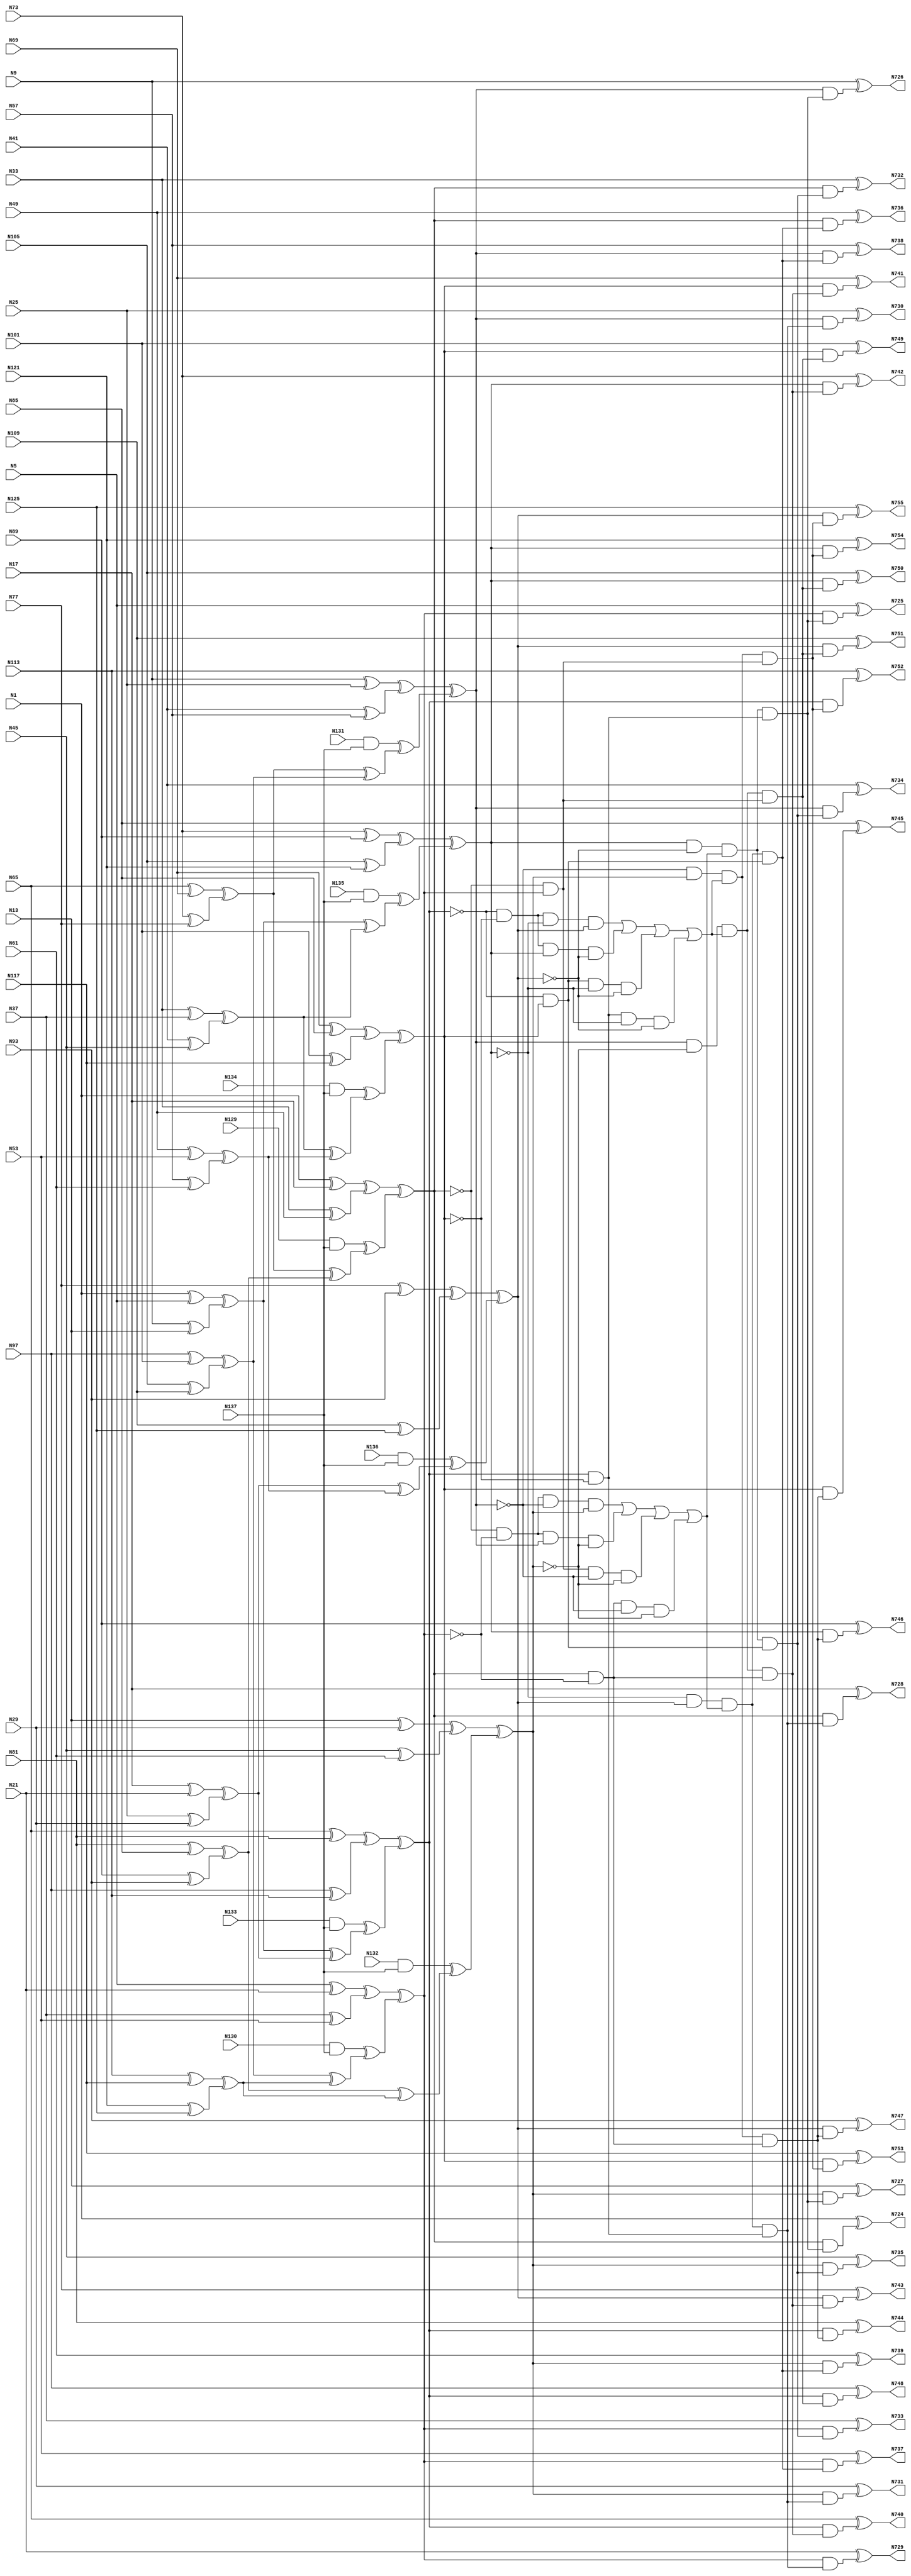

// Generated by Cadence Genus(TM) Synthesis Solution 16.22-s033_1
// Generated on: Jan 17 2020 11:31:14 EST (Jan 17 2020 16:31:14 UTC)

// Verification Directory fv/c499 

module c499(N1, N5, N9, N13, N17, N21, N25, N29, N33, N37, N41, N45,
     N49, N53, N57, N61, N65, N69, N73, N77, N81, N85, N89, N93, N97,
     N101, N105, N109, N113, N117, N121, N125, N129, N130, N131, N132,
     N133, N134, N135, N136, N137, N724, N725, N726, N727, N728, N729,
     N730, N731, N732, N733, N734, N735, N736, N737, N738, N739, N740,
     N741, N742, N743, N744, N745, N746, N747, N748, N749, N750, N751,
     N752, N753, N754, N755);
  input N1, N5, N9, N13, N17, N21, N25, N29, N33, N37, N41, N45, N49,
       N53, N57, N61, N65, N69, N73, N77, N81, N85, N89, N93, N97,
       N101, N105, N109, N113, N117, N121, N125, N129, N130, N131,
       N132, N133, N134, N135, N136, N137;
  output N724, N725, N726, N727, N728, N729, N730, N731, N732, N733,
       N734, N735, N736, N737, N738, N739, N740, N741, N742, N743,
       N744, N745, N746, N747, N748, N749, N750, N751, N752, N753,
       N754, N755;
  wire N1, N5, N9, N13, N17, N21, N25, N29, N33, N37, N41, N45, N49,
       N53, N57, N61, N65, N69, N73, N77, N81, N85, N89, N93, N97,
       N101, N105, N109, N113, N117, N121, N125, N129, N130, N131,
       N132, N133, N134, N135, N136, N137;
  wire N724, N725, N726, N727, N728, N729, N730, N731, N732, N733,
       N734, N735, N736, N737, N738, N739, N740, N741, N742, N743,
       N744, N745, N746, N747, N748, N749, N750, N751, N752, N753,
       N754, N755;
  wire N250, N251, N252, N253, N254, N255, N256, N257;
  wire N258, N259, N260, N261, N262, N263, N264, N265;
  wire N266, N267, N268, N269, N270, N271, N272, N273;
  wire N274, N275, N276, N277, N278, N279, N280, N281;
  wire N282, N283, N284, N285, N286, N287, N288, N289;
  wire N290, N293, N296, N299, N302, N305, N308, N311;
  wire N314, N315, N316, N317, N318, N319, N320, N321;
  wire N338, N339, N340, N341, N342, N343, N344, N345;
  wire N346, N347, N348, N349, N350, N351, N352, N353;
  wire N354, N367, N380, N393, N406, N419, N432, N445;
  wire N554, N555, N556, N559, N566, N567, N569, N570;
  wire N594, N595, N596, N597, N598, N599, N600, N601;
  wire N602, N607, N620, N625, N630, N635, N640, N645;
  wire N650, N655, N692, N693, N694, N695, N696, N697;
  wire N698, N699, N700, N701, N702, N703, N704, N705;
  wire N706, N707, N708, N709, N710, N711, N712, N713;
  wire N714, N715, N716, N717, N718, N719, N720, N721;
  wire N722, N723, n_74, n_76, n_78, n_80;
  and AND2_17 (N266, N129, N137);
  and AND2_18 (N267, N130, N137);
  and AND2_19 (N268, N131, N137);
  and AND2_20 (N269, N132, N137);
  and AND2_21 (N270, N133, N137);
  and AND2_22 (N271, N134, N137);
  and AND2_23 (N272, N135, N137);
  and AND2_24 (N273, N136, N137);
  and AND2_139 (N692, N354, N620);
  and AND2_140 (N693, N367, N620);
  and AND2_141 (N694, N380, N620);
  and AND2_142 (N695, N393, N620);
  and AND2_143 (N696, N354, N625);
  and AND2_144 (N697, N367, N625);
  and AND2_145 (N698, N380, N625);
  and AND2_146 (N699, N393, N625);
  and AND2_147 (N700, N354, N630);
  and AND2_148 (N701, N367, N630);
  and AND2_149 (N702, N380, N630);
  and AND2_150 (N703, N393, N630);
  and AND2_151 (N704, N354, N635);
  and AND2_152 (N705, N367, N635);
  and AND2_153 (N706, N380, N635);
  and AND2_154 (N707, N393, N635);
  and AND2_155 (N708, N406, N640);
  and AND2_156 (N709, N419, N640);
  and AND2_157 (N710, N432, N640);
  and AND2_158 (N711, N445, N640);
  and AND2_159 (N712, N406, N645);
  and AND2_160 (N713, N419, N645);
  and AND2_161 (N714, N432, N645);
  and AND2_162 (N715, N445, N645);
  and AND2_163 (N716, N406, N650);
  and AND2_164 (N717, N419, N650);
  and AND2_165 (N718, N432, N650);
  and AND2_166 (N719, N445, N650);
  and AND2_167 (N720, N406, N655);
  and AND2_168 (N721, N419, N655);
  and AND2_169 (N722, N432, N655);
  and AND2_170 (N723, N445, N655);
  and AND4_121 (N594, N554, N555, N556, N393);
  and AND4_122 (N595, N554, N555, N380, N559);
  and AND4_123 (N596, N554, N367, N556, N559);
  and AND4_124 (N597, N354, N555, N556, N559);
  and AND4_125 (N598, N570, N566, N569, N445);
  and AND4_126 (N599, N570, N566, N432, N567);
  and AND4_127 (N600, N570, N419, N569, N567);
  and AND4_128 (N601, N406, N566, N569, N567);
  not NOT1_81 (N554, N354);
  not NOT1_82 (N555, N367);
  not NOT1_83 (N556, N380);
  not NOT1_86 (N559, N393);
  not NOT1_93 (N566, N419);
  not NOT1_94 (N567, N445);
  not NOT1_96 (N569, N432);
  not NOT1_97 (N570, N406);
  or OR4_129 (N602, N594, N595, N596, N597);
  or OR4_130 (N607, N598, N599, N600, N601);
  xor XOR2_1 (N250, N1, N5);
  xor XOR2_2 (N251, N9, N13);
  xor XOR2_3 (N252, N17, N21);
  xor XOR2_4 (N253, N25, N29);
  xor XOR2_5 (N254, N33, N37);
  xor XOR2_6 (N255, N41, N45);
  xor XOR2_7 (N256, N49, N53);
  xor XOR2_8 (N257, N57, N61);
  xor XOR2_9 (N258, N65, N69);
  xor XOR2_10 (N259, N73, N77);
  xor XOR2_11 (N260, N81, N85);
  xor XOR2_12 (N261, N89, N93);
  xor XOR2_13 (N262, N97, N101);
  xor XOR2_14 (N263, N105, N109);
  xor XOR2_15 (N264, N113, N117);
  xor XOR2_16 (N265, N121, N125);
  xor XOR2_25 (N274, N1, N17);
  xor XOR2_26 (N275, N33, N49);
  xor XOR2_27 (N276, N5, N21);
  xor XOR2_28 (N277, N37, N53);
  xor XOR2_29 (N278, N9, N25);
  xor XOR2_30 (N279, N41, N57);
  xor XOR2_31 (N280, N13, N29);
  xor XOR2_32 (N281, N45, N61);
  xor XOR2_33 (N282, N65, N81);
  xor XOR2_34 (N283, N97, N113);
  xor XOR2_35 (N284, N69, N85);
  xor XOR2_36 (N285, N101, N117);
  xor XOR2_37 (N286, N73, N89);
  xor XOR2_38 (N287, N105, N121);
  xor XOR2_39 (N288, N77, N93);
  xor XOR2_40 (N289, N109, N125);
  xor XOR2_41 (N290, N250, N251);
  xor XOR2_42 (N293, N252, N253);
  xor XOR2_43 (N296, N254, N255);
  xor XOR2_44 (N299, N256, N257);
  xor XOR2_45 (N302, N258, N259);
  xor XOR2_46 (N305, N260, N261);
  xor XOR2_47 (N308, N262, N263);
  xor XOR2_48 (N311, N264, N265);
  xor XOR2_49 (N314, N274, N275);
  xor XOR2_50 (N315, N276, N277);
  xor XOR2_51 (N316, N278, N279);
  xor XOR2_52 (N317, N280, N281);
  xor XOR2_53 (N318, N282, N283);
  xor XOR2_54 (N319, N284, N285);
  xor XOR2_55 (N320, N286, N287);
  xor XOR2_56 (N321, N288, N289);
  xor XOR2_57 (N338, N290, N293);
  xor XOR2_58 (N339, N296, N299);
  xor XOR2_59 (N340, N290, N296);
  xor XOR2_60 (N341, N293, N299);
  xor XOR2_61 (N342, N302, N305);
  xor XOR2_62 (N343, N308, N311);
  xor XOR2_63 (N344, N302, N308);
  xor XOR2_64 (N345, N305, N311);
  xor XOR2_65 (N346, N266, N342);
  xor XOR2_66 (N347, N267, N343);
  xor XOR2_67 (N348, N268, N344);
  xor XOR2_68 (N349, N269, N345);
  xor XOR2_69 (N350, N270, N338);
  xor XOR2_70 (N351, N271, N339);
  xor XOR2_71 (N352, N272, N340);
  xor XOR2_72 (N353, N273, N341);
  xor XOR2_73 (N354, N314, N346);
  xor XOR2_74 (N367, N315, N347);
  xor XOR2_75 (N380, N316, N348);
  xor XOR2_76 (N393, N317, N349);
  xor XOR2_77 (N406, N318, N350);
  xor XOR2_78 (N419, N319, N351);
  xor XOR2_79 (N432, N320, N352);
  xor XOR2_80 (N445, N321, N353);
  xor XOR2_171 (N724, N1, N692);
  xor XOR2_172 (N725, N5, N693);
  xor XOR2_173 (N726, N9, N694);
  xor XOR2_174 (N727, N13, N695);
  xor XOR2_175 (N728, N17, N696);
  xor XOR2_176 (N729, N21, N697);
  xor XOR2_177 (N730, N25, N698);
  xor XOR2_178 (N731, N29, N699);
  xor XOR2_179 (N732, N33, N700);
  xor XOR2_180 (N733, N37, N701);
  xor XOR2_181 (N734, N41, N702);
  xor XOR2_182 (N735, N45, N703);
  xor XOR2_183 (N736, N49, N704);
  xor XOR2_184 (N737, N53, N705);
  xor XOR2_185 (N738, N57, N706);
  xor XOR2_186 (N739, N61, N707);
  xor XOR2_187 (N740, N65, N708);
  xor XOR2_188 (N741, N69, N709);
  xor XOR2_189 (N742, N73, N710);
  xor XOR2_190 (N743, N77, N711);
  xor XOR2_191 (N744, N81, N712);
  xor XOR2_192 (N745, N85, N713);
  xor XOR2_193 (N746, N89, N714);
  xor XOR2_194 (N747, N93, N715);
  xor XOR2_195 (N748, N97, N716);
  xor XOR2_196 (N749, N101, N717);
  xor XOR2_197 (N750, N105, N718);
  xor XOR2_198 (N751, N109, N719);
  xor XOR2_199 (N752, N113, N720);
  xor XOR2_200 (N753, N117, N721);
  xor XOR2_201 (N754, N121, N722);
  xor XOR2_202 (N755, N125, N723);
  and g1 (n_74, N406, N566);
  and g2 (N620, N432, N567, N602, n_74);
  and g4 (N625, N569, N445, N602, n_74);
  and g5 (n_76, N570, N419);
  and g6 (N630, N432, N567, N602, n_76);
  and g8 (N635, N569, N445, N602, n_76);
  and g9 (n_78, N354, N555);
  and g10 (N640, N380, N559, N607, n_78);
  and g12 (N645, N556, N393, N607, n_78);
  and g13 (n_80, N554, N367);
  and g14 (N650, N380, N559, N607, n_80);
  and g16 (N655, N556, N393, N607, n_80);
endmodule